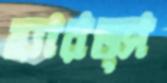
হ্যারড্স